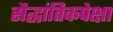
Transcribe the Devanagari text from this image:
सैद्धांतिकपेक्षा